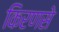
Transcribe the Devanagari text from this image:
किरणसे